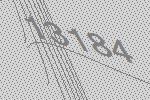
13184